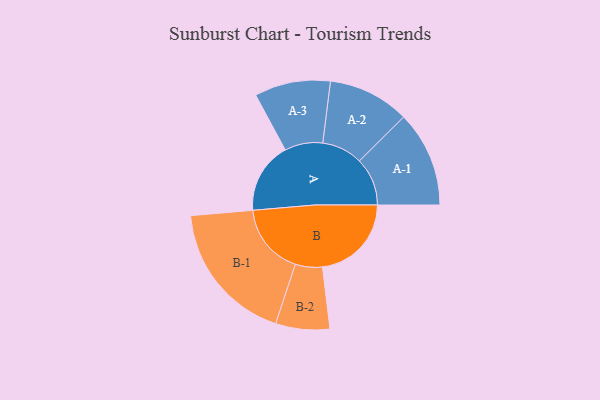
{"axis": {"x": "Segment", "y": "Value"}, "legend": ["", "A", "B"], "data": [{"x": "A", "y": 285, "type": ""}, {"x": "B", "y": 356, "type": ""}, {"x": "A-1", "y": 192, "type": "A"}, {"x": "A-2", "y": 163, "type": "A"}, {"x": "A-3", "y": 152, "type": "A"}, {"x": "B-1", "y": 286, "type": "B"}, {"x": "B-2", "y": 108, "type": "B"}]}